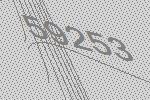
59253